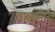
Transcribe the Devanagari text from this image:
आइसोबोर्निल